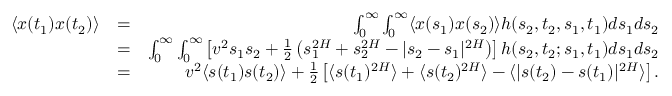
\begin{array} { r l r } { \langle x ( t _ { 1 } ) x ( t _ { 2 } ) \rangle } & { = } & { \int _ { 0 } ^ { \infty } \int _ { 0 } ^ { \infty } \langle x ( s _ { 1 } ) x ( s _ { 2 } ) \rangle h ( s _ { 2 } , t _ { 2 } , s _ { 1 } , t _ { 1 } ) d s _ { 1 } d s _ { 2 } } \\ & { = } & { \int _ { 0 } ^ { \infty } \int _ { 0 } ^ { \infty } \left[ v ^ { 2 } s _ { 1 } s _ { 2 } + \frac { 1 } { 2 } \left( s _ { 1 } ^ { 2 H } + s _ { 2 } ^ { 2 H } - | s _ { 2 } - s _ { 1 } | ^ { 2 H } \right) \right] h ( s _ { 2 } , t _ { 2 } ; s _ { 1 } , t _ { 1 } ) d s _ { 1 } d s _ { 2 } } \\ & { = } & { v ^ { 2 } \langle s ( t _ { 1 } ) s ( t _ { 2 } ) \rangle + \frac { 1 } { 2 } \left[ \langle s ( t _ { 1 } ) ^ { 2 H } \rangle + \langle s ( t _ { 2 } ) ^ { 2 H } \rangle - \langle | s ( t _ { 2 } ) - s ( t _ { 1 } ) | ^ { 2 H } \rangle \right] . } \end{array}